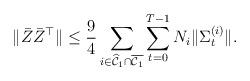
LaTeX: \begin{align*} \|\bar{Z}\bar{Z}^\top\| \leq \frac{9}{4} \sum_{i \in \widehat{\mathcal{C}}_1 \cap \overline{\mathcal{C}_1} }\sum_{t=0}^{T-1} N_i \|\Sigma^{(i)}_t\|.\end{align*}